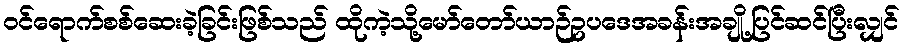
ဝင်ရောက်စစ်ဆေးခဲ့ခြင်းဖြစ်သည် ထိုကဲ့သို့မော်တော်ယာဉ်ဥပဒေအခန်းအချို့ပြင်ဆင်ပြီးလျှင်